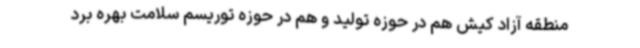
منطقه آزاد کیش هم در حوزه تولید و هم در حوزه توریسم سلامت بهره برد